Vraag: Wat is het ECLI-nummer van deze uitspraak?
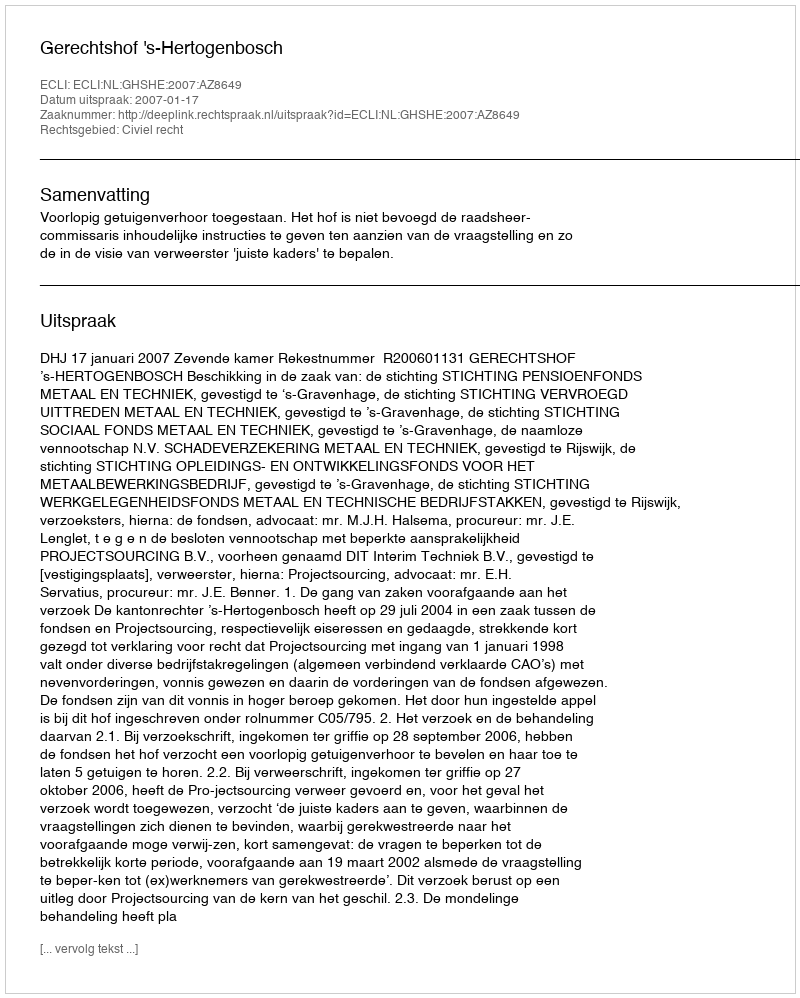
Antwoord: ECLI:NL:GHSHE:2007:AZ8649